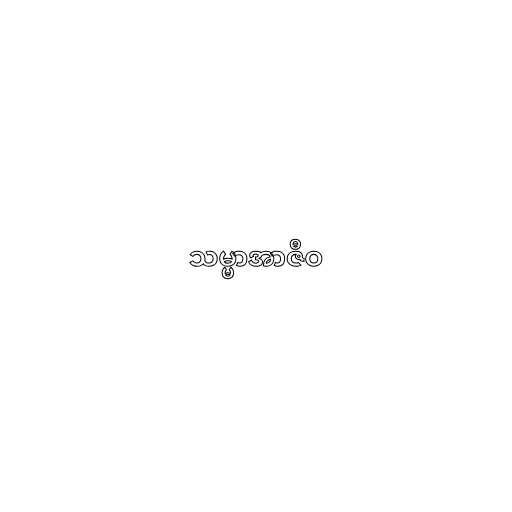
သမ္မာအာဇီဝ